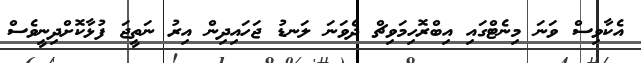
އެކާވިސް ވަނަ މިނެޓްގައި އިބްރޮހިމަވިޗް ދެވަނަ ލަނޑު ޖަހައިދިން އިރު ނަތީޖަ ފުޅާކޮށްދިނީވެސް